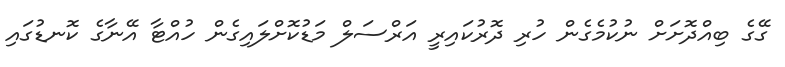
ގޭގެ ބިއްދޮށަށް ނުކުމެގެން ހުރި ދޮރުކައިރީ އަރްސަލް މަޑުކޮށްލައިގެން ހުއްޓާ އޭނާގެ ކޮނޑުގައި